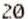
20